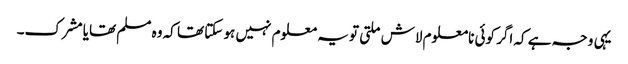
یہی وجہ ہے کہ اگر کوئی نامعلوم لاش ملتی تو یہ معلوم نہیں ہو سکتا تھا کہ وہ مسلم تھایا مشرک۔